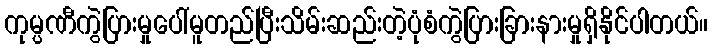
ကုမ္ပဏီကွဲပြားမှုပေါ်မူတည်ပြီးသိမ်းဆည်းတဲ့ပုံစံကွဲပြားခြားနားမှုရှိနိုင်ပါတယ်။